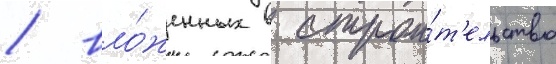
/ вло́женных в строи́т'ельство